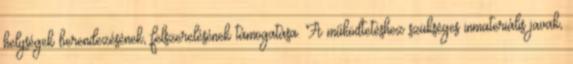
helységek berendezésének, felszerelésének támogatása. A működtetéshez szükséges inmateriális javak,